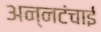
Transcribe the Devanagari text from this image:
अन्नटंचाई